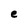
Character: e